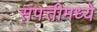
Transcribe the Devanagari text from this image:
संपत्तीमध्ये